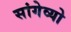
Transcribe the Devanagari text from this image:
सांगेव्यो